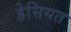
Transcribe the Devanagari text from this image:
हेसियत